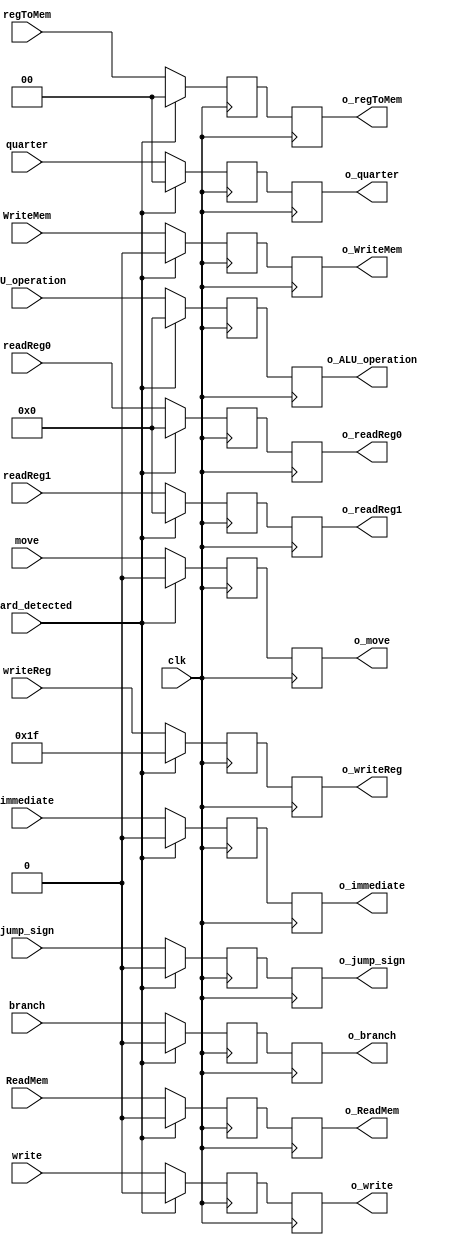
`timescale 1ns / 1ps
module IF_ID_Latch
(
	input clk,
	input write,
	input [4:0] writeReg,
	input [3:0] readReg0,
	input [3:0] readReg1,
	input [1:0] regToMem,
	input move,
	input immediate,
	input [1:0] quarter,
	input [3:0]ALU_operation,
	input ReadMem,
	input WriteMem,
	input jump_sign,
	input branch,
	output o_write,
	output [4:0] o_writeReg,
	output [3:0] o_readReg0,
	output [3:0] o_readReg1,
	output [1:0] o_regToMem,
	output o_move,
	output o_immediate,
	output [1:0] o_quarter,
	output [3:0] o_ALU_operation,
	output o_ReadMem,
	output o_WriteMem,
	output o_jump_sign,
	output o_branch,
	input hazard_detected

 );
 
 reg _write, _move, _immediate, _ReadMem, _WriteMem, _jump_sign, _branch, __write, __move, __immediate, __ReadMem, __WriteMem, __jump_sign, __branch;
 reg [3:0]  _readReg0, _readReg1, _ALU_operation, __readReg0, __readReg1, __ALU_operation;
 reg [4:0] _writeReg,__writeReg;
 reg [1:0] _regToMem, __regToMem,__quarter,_quarter;
 integer _dynamic_count;
 integer _cycle_count;
 
 initial begin
 _dynamic_count = 0;
 _cycle_count = 0;
 end
 
 assign o_write 			= 	__write;
 assign o_writeReg 		= 	__writeReg;
 assign o_readReg0 		= 	__readReg0; 
 assign o_readReg1 		= 	__readReg1;
 assign o_regToMem 		= 	__regToMem;
 assign o_move 			= 	__move;
 assign o_immediate 		= 	__immediate;
 assign o_quarter 		= 	__quarter;
 assign o_ALU_operation	=	__ALU_operation;
 assign o_ReadMem			=	__ReadMem;
 assign o_WriteMem		=	__WriteMem;
 assign o_jump_sign     =  __jump_sign;
 assign o_branch        =  __branch;
 
 always @(negedge clk) begin
	if(hazard_detected)
		begin
			_cycle_count   = _cycle_count + 1;
			_write			= 0;
			_move				= 0;
			_immediate		= 0;
			_quarter			= 0;
			_ReadMem			= 0;
			_WriteMem		= 0;
			_writeReg		= 5'b11111;
			_readReg0		= 0;
			_readReg1		= 0;
			_ALU_operation	= 0;
			_regToMem      = 0;
			_jump_sign     = 0;
			_branch        = 0;
		end
	else
		begin
		   _cycle_count   = _cycle_count + 1;
		 	_dynamic_count = _dynamic_count + 1;
			_write			= write;
			_move				= move;
			_immediate		= immediate;
			_quarter			= quarter;
			_ReadMem			= ReadMem;
			_WriteMem		= WriteMem;
			_writeReg		= writeReg;
			_readReg0		= readReg0;
			_readReg1		= readReg1;
			_ALU_operation	= ALU_operation;
			_regToMem      = regToMem;
			_jump_sign     = jump_sign;
			_branch        = branch;
		end
	
 end
 
 always @(posedge clk) begin
		__write			= _write;
		__move			= _move;
		__immediate		= _immediate;
		__quarter		= _quarter;
		__ReadMem		= _ReadMem;
		__WriteMem		= _WriteMem;
		__writeReg		= _writeReg;
		__readReg0		= _readReg0;
		__readReg1		= _readReg1;
		__ALU_operation= _ALU_operation;
		__regToMem     = _regToMem;
		__jump_sign    = _jump_sign;
		__branch       = _branch;
 end

endmodule